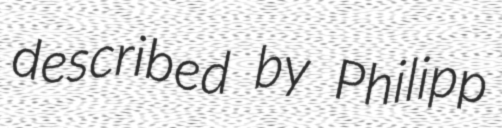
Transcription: described by Philipp